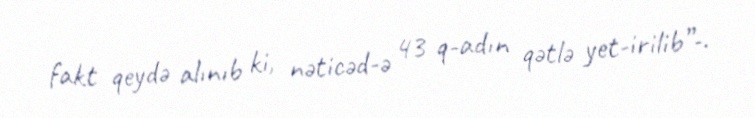
fakt qeydə alınıb ki, nəticəd­ə 43 q­adın qətlə yet­irilib”­.